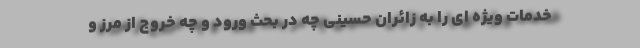
خدمات ویژه ای را به زائران حسینی چه در بحث ورود و چه خروج از مرز و